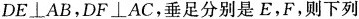
DE \bot AB，DF \bot AC，垂足分别是E，F，则下列